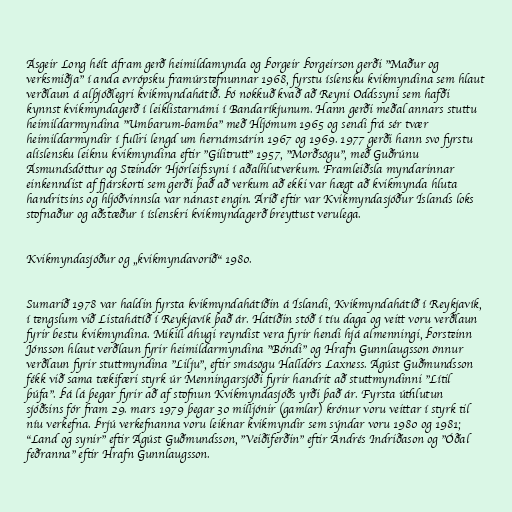
Ásgeir Long hélt áfram gerð heimildamynda og Þorgeir Þorgeirson gerði "Maður og
verksmiðja" í anda evrópsku framúrstefnunnar 1968, fyrstu íslensku kvikmyndina sem hlaut
verðlaun á alþjóðlegri kvikmyndahátíð. Þó nokkuð kvað að Reyni Oddssyni sem hafði
kynnst kvikmyndagerð í leiklistarnámi í Bandaríkjunum. Hann gerði meðal annars stuttu
heimildarmyndina "Umbarum-bamba" með Hljómum 1965 og sendi frá sér tvær
heimildarmyndir í fullri lengd um hernámsárin 1967 og 1969. 1977 gerði hann svo fyrstu
alíslensku leiknu kvikmyndina eftir "Gilitrutt" 1957, "Morðsögu", með Guðrúnu
Ásmundsdóttur og Steindór Hjörleifssyni í aðalhlutverkum. Framleiðsla myndarinnar
einkenndist af fjárskorti sem gerði það að verkum að ekki var hægt að kvikmynda hluta
handritsins og hljóðvinnsla var nánast engin. Árið eftir var Kvikmyndasjóður Íslands loks
stofnaður og aðstæður í íslenskri kvikmyndagerð breyttust verulega.

Kvikmyndasjóður og „kvikmyndavorið“ 1980.

Sumarið 1978 var haldin fyrsta kvikmyndahátíðin á Íslandi, Kvikmyndahátíð í Reykjavík,
í tengslum við Listahátíð í Reykjavík það ár. Hátíðin stóð í tíu daga og veitt voru verðlaun
fyrir bestu kvikmyndina. Mikill áhugi reyndist vera fyrir hendi hjá almenningi, Þorsteinn
Jónsson hlaut verðlaun fyrir heimildarmyndina "Bóndi" og Hrafn Gunnlaugsson önnur
verðlaun fyrir stuttmyndina "Lilju", eftir smásögu Halldórs Laxness. Ágúst Guðmundsson
fékk við sama tækifæri styrk úr Menningarsjóði fyrir handrit að stuttmyndinni "Lítil
þúfa". Þá lá þegar fyrir að af stofnun Kvikmyndasjóðs yrði það ár. Fyrsta úthlutun
sjóðsins fór fram 29. mars 1979 þegar 30 milljónir (gamlar) krónur voru veittar í styrk til
níu verkefna. Þrjú verkefnanna voru leiknar kvikmyndir sem sýndar voru 1980 og 1981;
"Land og synir" eftir Ágúst Guðmundsson, "Veiðiferðin" eftir Andrés Indriðason og "Óðal
feðranna" eftir Hrafn Gunnlaugsson.